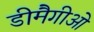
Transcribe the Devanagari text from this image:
डीमैगीओ